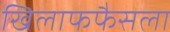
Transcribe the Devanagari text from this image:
खिलाफफैसला